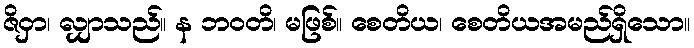
ဇိဝှာ၊ လျှာသည်။ န ဘဝတိ၊ မဖြစ်။ စေတိယ၊ စေတိယအမည်ရှိသော။